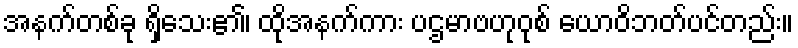
အနက်တစ်ခု ရှိသေး၏၊ ထိုအနက်ကား ပဌမာဗဟုဝုစ် ယောဝိဘတ်ပင်တည်း။